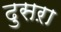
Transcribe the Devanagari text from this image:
दुसऱा